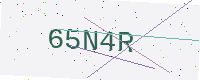
Text: 65N4R